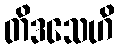
တိဒသေဟိ